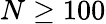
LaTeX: N\geq 100